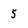
Character: 5